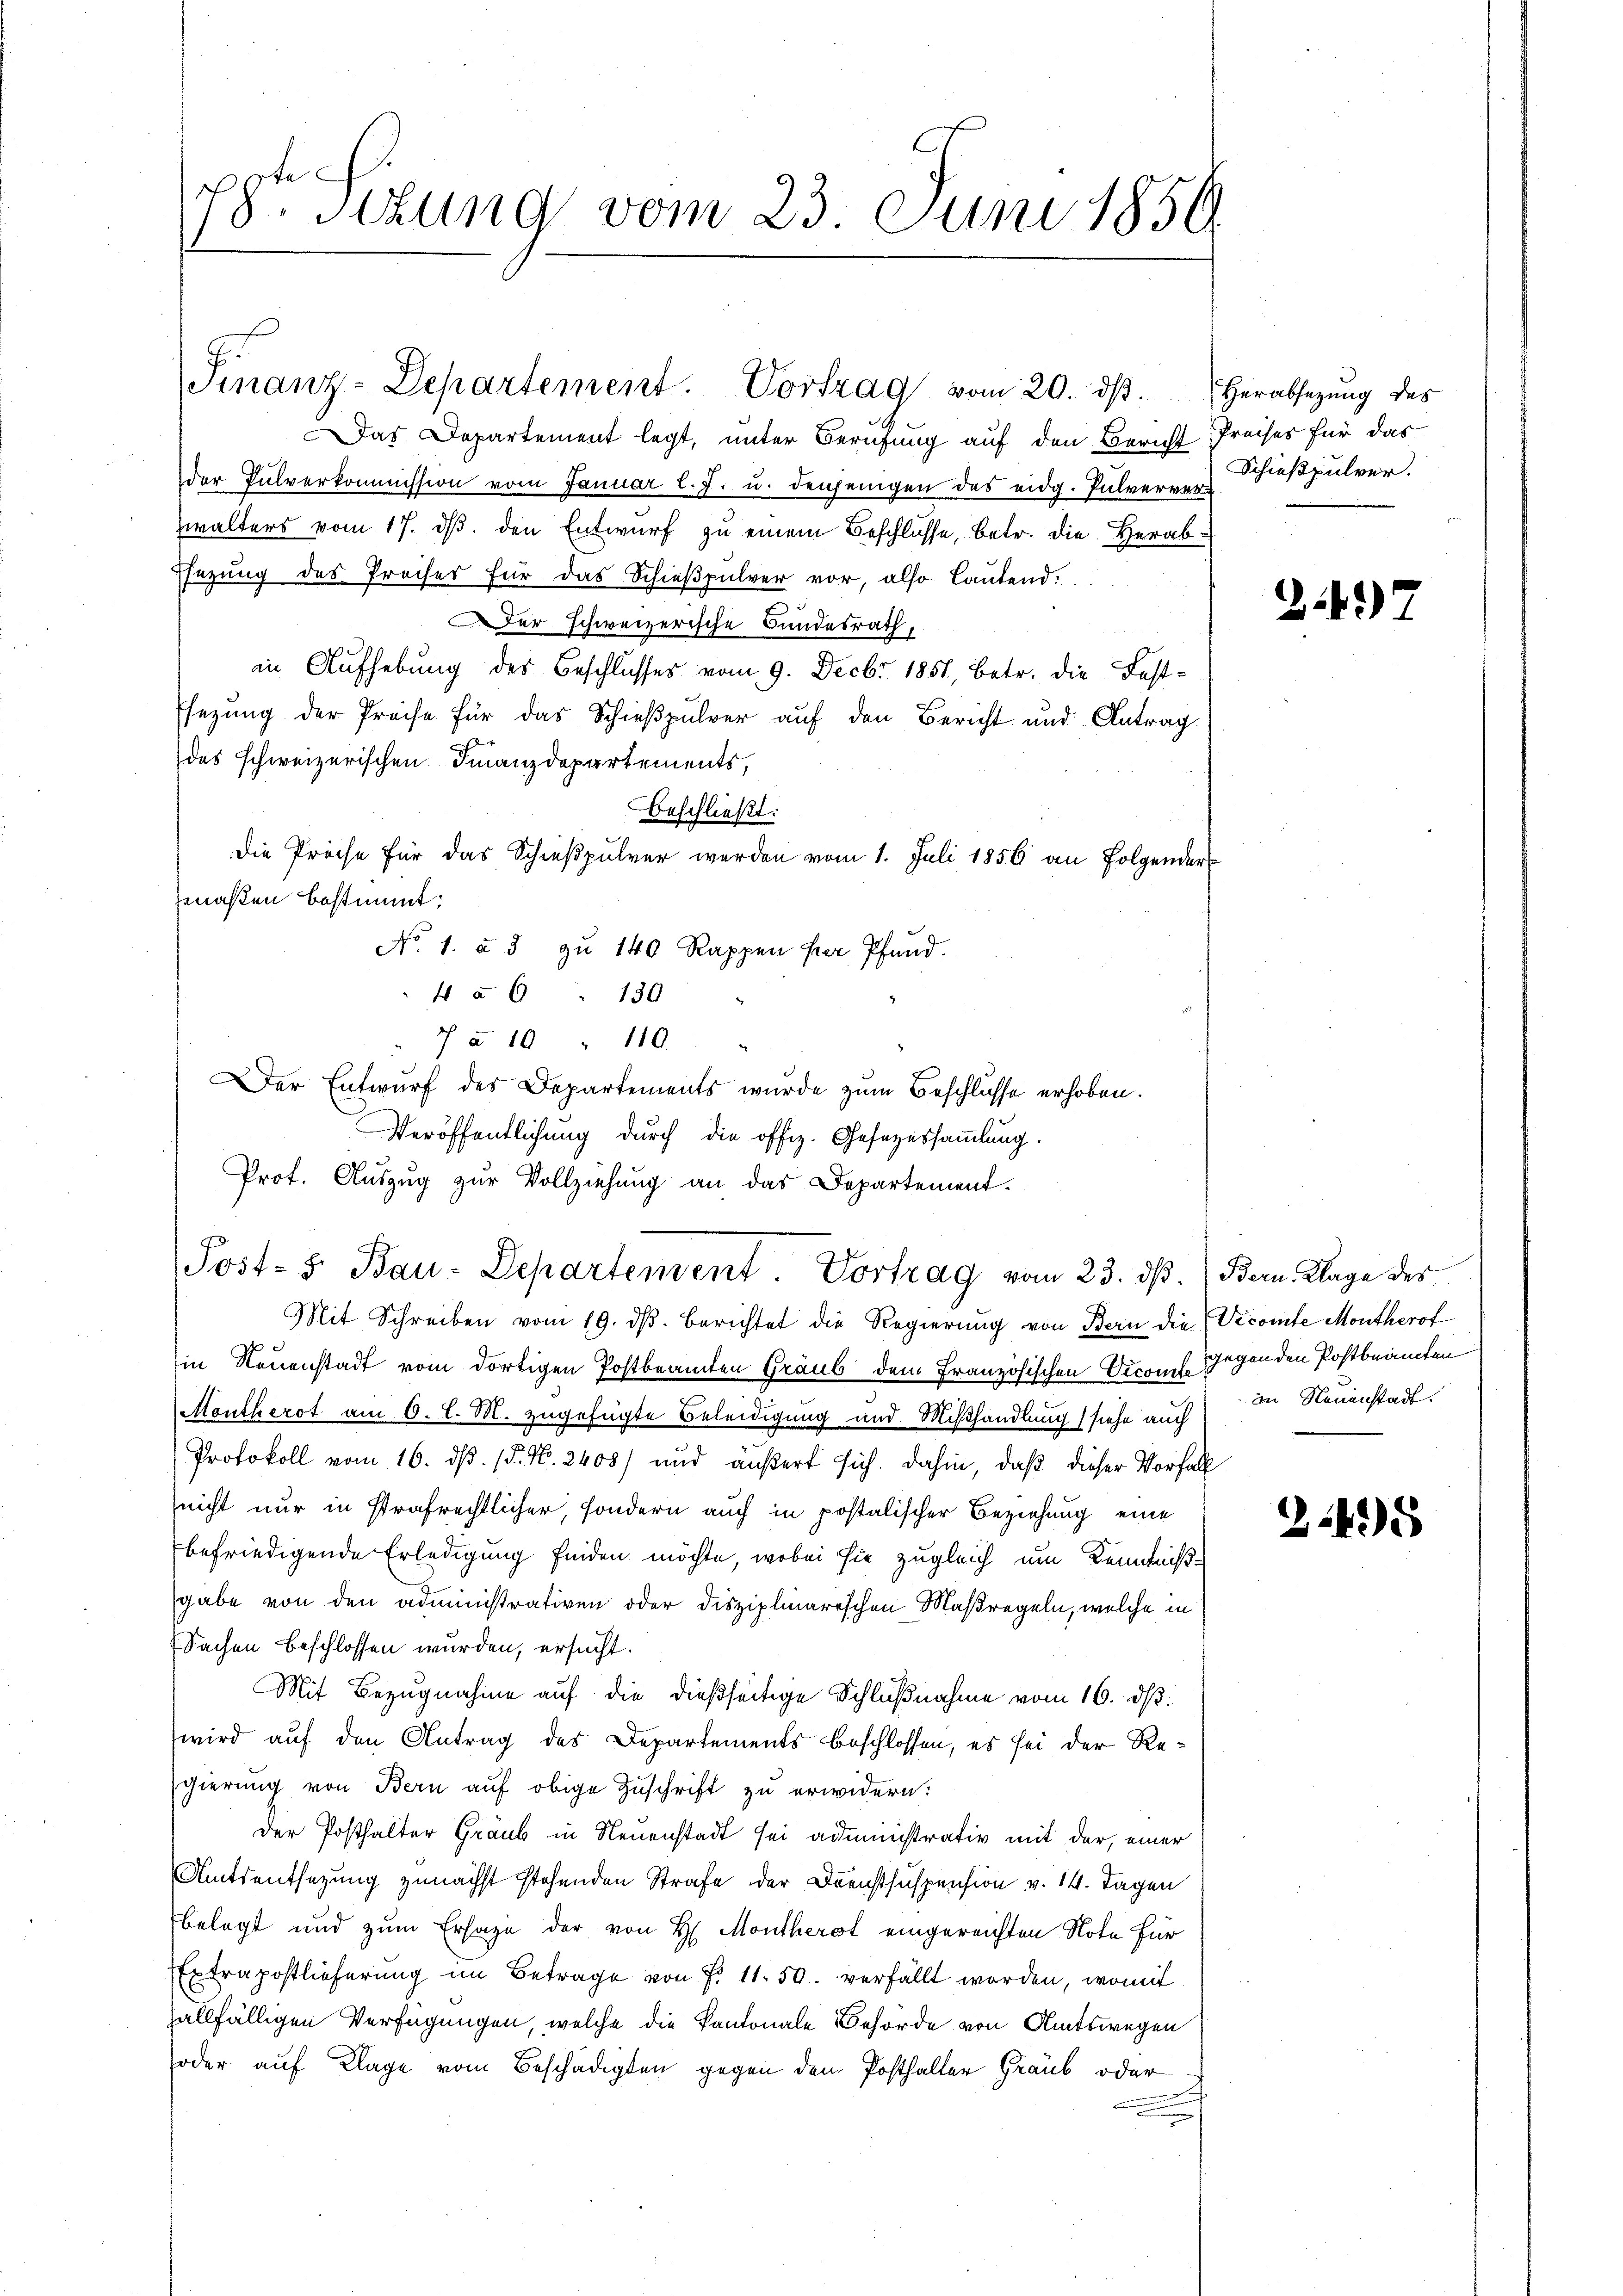
d
18ten Sizung vom 23. Juni 1850.

Das Departement legt, unter Berufung auf den Bericht Preises für das
der Pulverkommission vom Januar l. J. u. denjenigen des eidg. Pulverver-
zwalters vom 17. ds. den Entwurf zu einem Beschlüsse, betr. die Herabsezung des Preises für das Schießpulver vor, also lautend.
Der schweizerische Bundesrath,
in Aufhebung des Beschlusses vom 9. Decbr 1851, betr. die Festsezung der Preise für das Schießpulver auf den Bericht und Antrag
des schweizerischen Finanzdepartements,
Beschließt:
Die Preise für das Schießpulver werden vom 1. Juli 1856 an Folgender
maßen bestimmt:
No. 1. à 5 zŭ 140 Rappen her, Pfand.
 a 6 " 130
 à 10 " 110.
Der Entwurf des Departements wurde zum Beschlüsse erhoben.
Veröffentlichung durch die offiz. Gesezessammlung.
Prot. Auszug zur Vollziehung an das Departement.
7
Post- & Bau-Departement. Vortrag vom 23. dß. Bern. Klage des
Mit Schreiben vom 19. dβ. berichtet die Regierŭng von Bern die Vicomte Montherof
in Neuenstadt vom dortigen Postbeamten Graub dem Französischen Vicomit Gegenden Postbeamten
Montherst am 6. l. M. zugefügte Beleidigung und Mißhandlung (siehe auch
Protokoll vom 16. ds. (T. No. 2408) und äußert sich. Dahin, daß dieser Vorfall
(nicht nur in strafrechtlicher, sondern auch in postalischer Beziehung eine
befriedigende Erledigung finden möchte, wobei sie zugleich um Kenntnißgabe von den administrativen oder disziplinarischen Maßregeln, welche in
Sachen beschlossen wurden, ersucht.
Mit Bezugnahme auf die dießseitige Schlußnahme vom 16. ds.
wird auf den Antrag des Departements beschlossen, es sei der Regierung von Bern auf obige Zuschrift zu erwidern:
Der Posthalter Graub in Neuenstadt sei administrativ mit der, einer
Amtsentsetzung zunächst stehenden Strafe der Dienstsuspension v. 14. Tagen
belegt und zum Ersage der von H. Montherst eingereichten Note für
Extrapostlieferung im Betrage von P. 11. 50. verfällt worden, womit
allfälligen Verfügungen, welche die Kantonale Behörde von Amtswegen
soder auf Klage vom Beschädigten gegen dem Posthalter Graub oder

Finanz-Departement. Vortrag vom 20. dβ. Herabsetzŭng des

Schießpulver.

24)

in Neuenstadt.

245